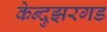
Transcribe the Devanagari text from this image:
केन्दुझरगड